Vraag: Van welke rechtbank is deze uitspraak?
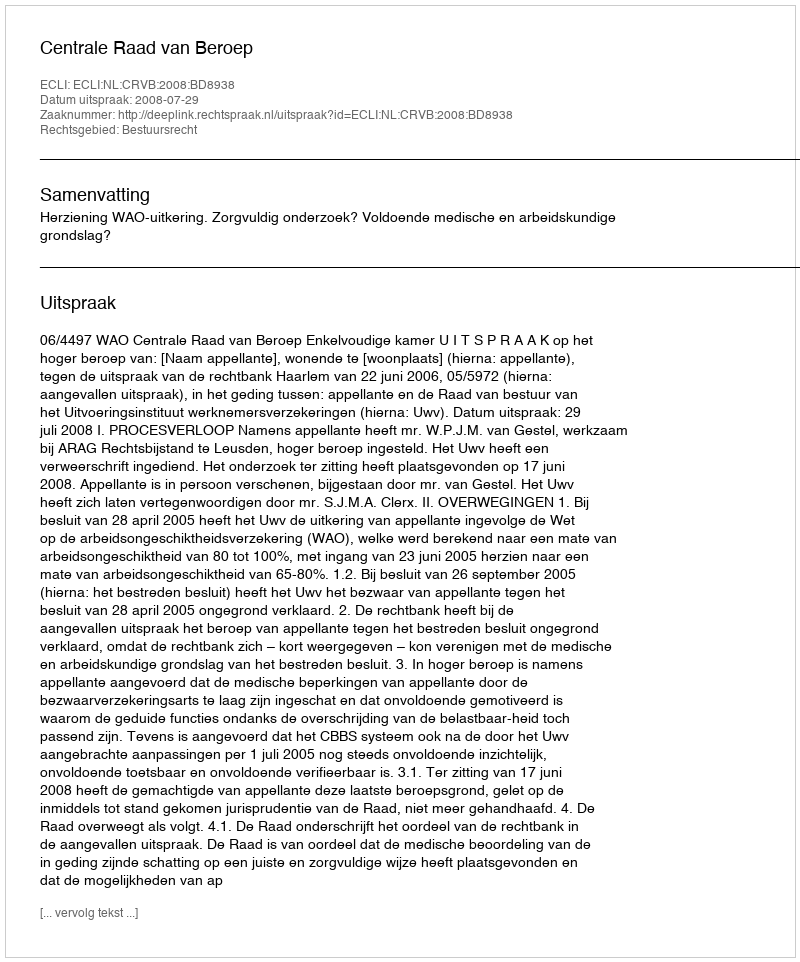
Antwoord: Centrale Raad van Beroep